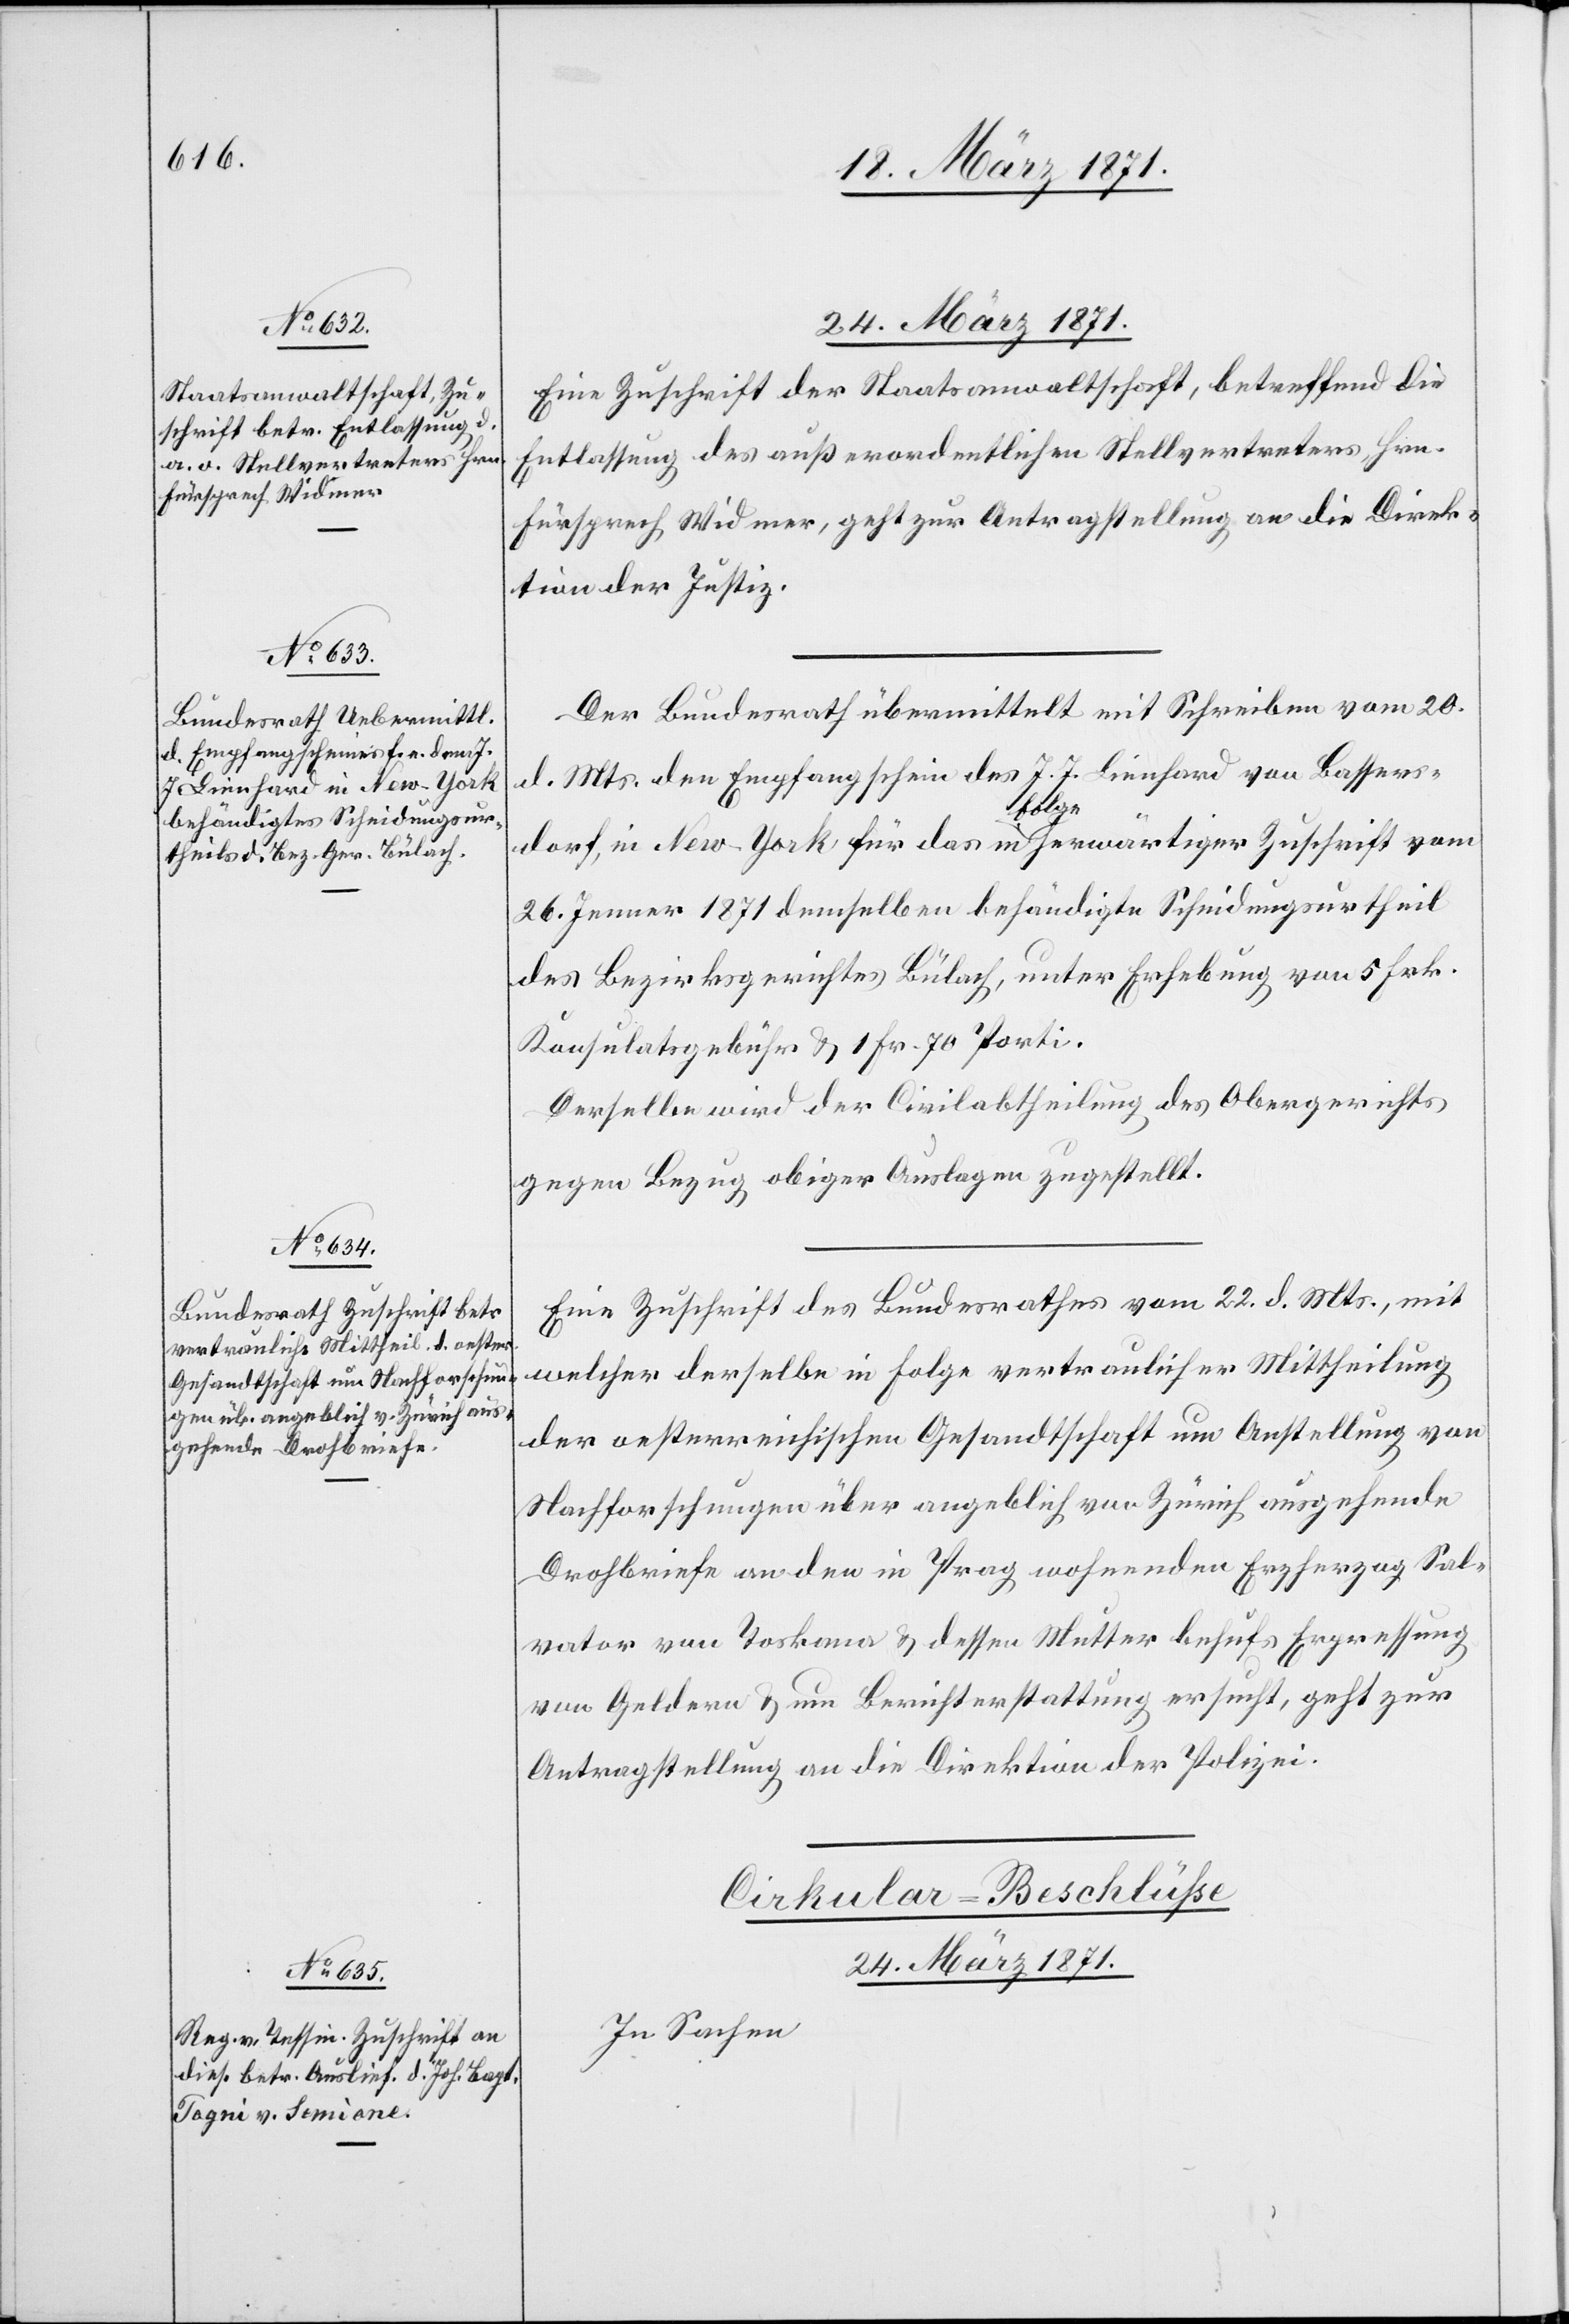
24. März 1871.
Eine Zuschrift der Staatsanwaltschaft, betreffend die
Entlassung des außerordentlichen Stellvertreters Hrn.
Fürsprech Widmer, geht zur Antragstellung an die Direk¬
tion der Justiz.
Der Bundesrath übermittelt mit Schreiben vom 20.
d. Mts. den Empfangschein des J. J. Lienhard von Bassers¬
dorf, in New-York für das in Folge herwärtiger Zuschrift vom
26. Jenner 1871 demselben behändigte Scheidungsurtheil
des Bezirksgerichtes Bülach, unter Erhebung von 5 Frk.
Konsulatsgebühr u. 1 Fr. 70 Porti.
Derselbe wird der Civilabtheilung des Obergerichts
gegen Bezug obiger Auslagen zugestellt.
Eine Zuschrift des Bundesrathes vom 22. d. Mts., mit
welcher derselbe in Folge vertraulicher Mittheilung
der oesterreichischen Gesandtschaft um Anstellung von
Nachforschungen über angeblich von Zürich ausgehende
Drohbriefe an den in Prag wohnenden Erzherzog Sal¬
vator von Toskana u. dessen Mutter behufs Erpressung
von Geldern u. um Berichterstattung ersucht, geht zur
Antragstellung an die Direktion der Polizei.
Cirkular-Beschlüße
24. März 1871.
In Sachen